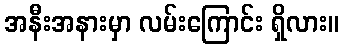
အနီးအနားမှာ လမ်းကြောင်း ရှိလား။